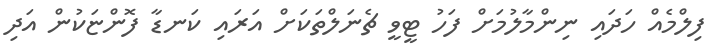
ފިލްމެއް ހަދައި ނިންމާލުމަށް ފަހު ޓީވީ ޗެނަލްތަކަށް އަރައި ކަނޑާ ފޮންޏަކުން އަދި